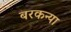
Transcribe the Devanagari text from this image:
बरकन्या